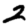
Digit: 2